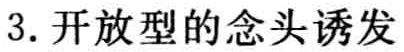
3. 开放型的念头诱发